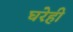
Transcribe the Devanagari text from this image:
घरेही